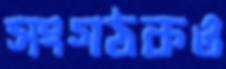
সংগঠকও